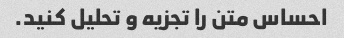
احساس متن را تجزیه و تحلیل کنید.